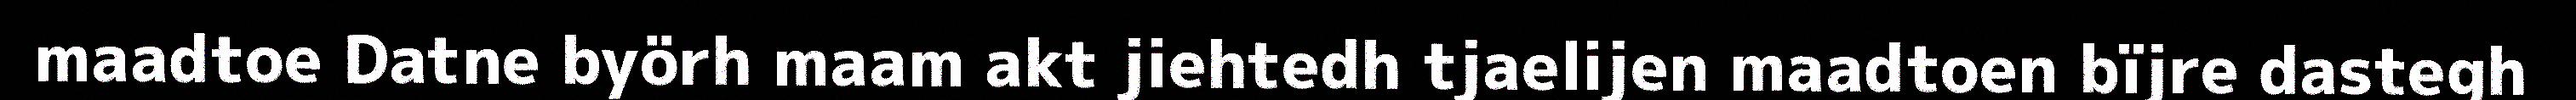
maadtoe Datne byörh maam akt jiehtedh tjaelijen maadtoen bïjre dastegh